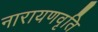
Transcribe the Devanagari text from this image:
नारायणवृति